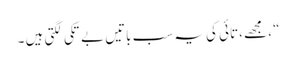
“ ، مجھے ،تائی کی یہ سب باتیں بے تکی لگتی ہیں ۔